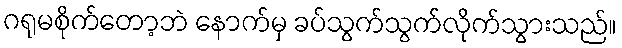
ဂရုမစိုက်တော့ဘဲ နောက်မှ ခပ်သွက်သွက်လိုက်သွားသည်။